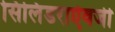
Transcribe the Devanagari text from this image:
सिलिंडराऐवजी